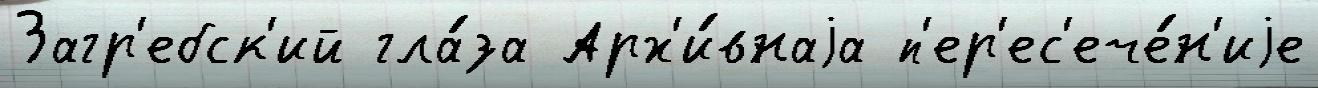
Загр'ебск'ий гла́за Арх'и́внаjа п'ер'ес'ече́н'иjе